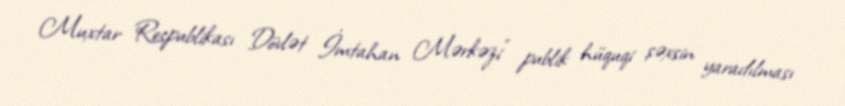
Muxtar Respublikası Dövlət İmtahan Mərkəzi” publik hüquqi şəxsin yaradılması